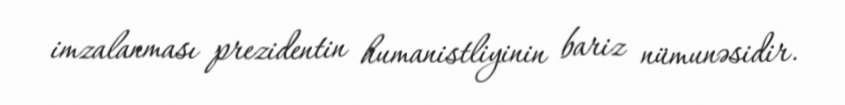
imzalanması prezidentin humanistliyinin bariz nümunəsidir.